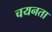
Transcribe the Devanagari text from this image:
चयनता